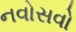
નવોસવો